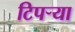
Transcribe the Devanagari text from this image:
टिपऱ्या